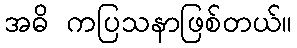
အဓိ ကပြသနာဖြစ်တယ်။